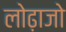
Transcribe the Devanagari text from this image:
लोढ़ाजो